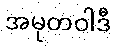
အမုတဝါဒီ